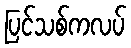
ပြင်သစ်ကလပ်